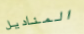
المناديل